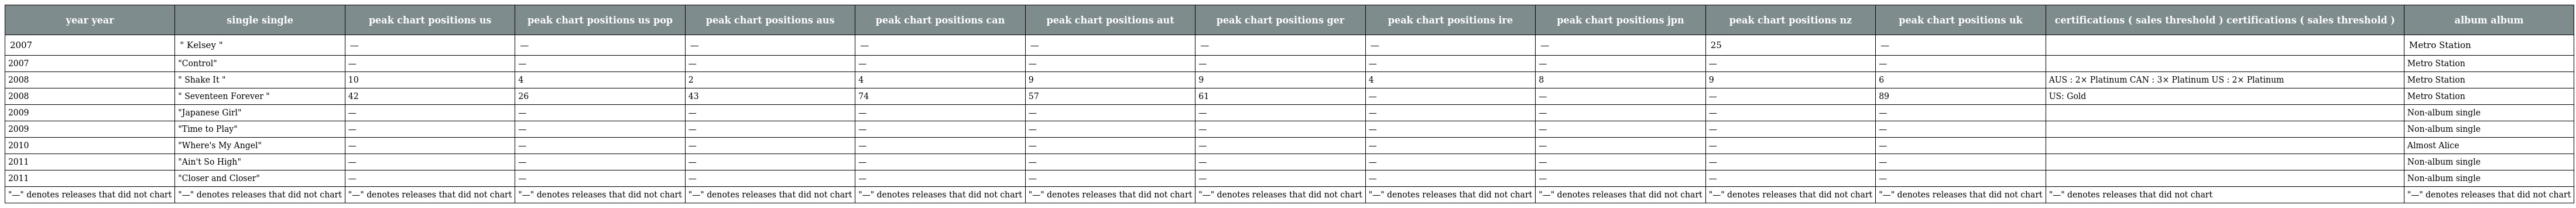
| year year | single single | peak chart positions us | peak chart positions us pop | peak chart positions aus | peak chart positions can | peak chart positions aut | peak chart positions ger | peak chart positions ire | peak chart positions jpn | peak chart positions nz | peak chart positions uk | certifications ( sales threshold ) certifications ( sales threshold ) | album album |
 | --- | --- | --- | --- | --- | --- | --- | --- | --- | --- | --- | --- | --- | --- |
 | 2007 | " Kelsey " | — | — | — | — | — | — | — | — | 25 | — |  | Metro Station |
 | 2007 | "Control" | — | — | — | — | — | — | — | — | — | — |  | Metro Station |
 | 2008 | " Shake It " | 10 | 4 | 2 | 4 | 9 | 9 | 4 | 8 | 9 | 6 | AUS : 2× Platinum CAN : 3× Platinum US : 2× Platinum | Metro Station |
 | 2008 | " Seventeen Forever " | 42 | 26 | 43 | 74 | 57 | 61 | — | — | — | 89 | US: Gold | Metro Station |
 | 2009 | "Japanese Girl" | — | — | — | — | — | — | — | — | — | — |  | Non-album single |
 | 2009 | "Time to Play" | — | — | — | — | — | — | — | — | — | — |  | Non-album single |
 | 2010 | "Where's My Angel" | — | — | — | — | — | — | — | — | — | — |  | Almost Alice |
 | 2011 | "Ain't So High" | — | — | — | — | — | — | — | — | — | — |  | Non-album single |
 | 2011 | "Closer and Closer" | — | — | — | — | — | — | — | — | — | — |  | Non-album single |
 | "—" denotes releases that did not chart | "—" denotes releases that did not chart | "—" denotes releases that did not chart | "—" denotes releases that did not chart | "—" denotes releases that did not chart | "—" denotes releases that did not chart | "—" denotes releases that did not chart | "—" denotes releases that did not chart | "—" denotes releases that did not chart | "—" denotes releases that did not chart | "—" denotes releases that did not chart | "—" denotes releases that did not chart | "—" denotes releases that did not chart | "—" denotes releases that did not chart |